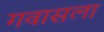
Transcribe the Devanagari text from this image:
गवासला